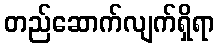
တည်ဆောက်လျက်ရှိရာ